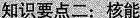
知识要点二：核能